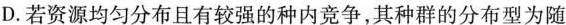
D.若资源均匀分布且有较强的种内竞争，其种群的分布型为随